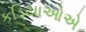
કડિયાઓએ